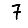
Digit: 7